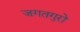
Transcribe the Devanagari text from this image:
जगतगुरो